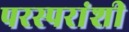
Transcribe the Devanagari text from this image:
परस्‍परांशी